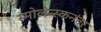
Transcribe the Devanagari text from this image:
स्मोलेन्स्कनंतर